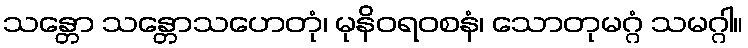
သန္တော သန္တောသဟေတုံ၊ မုနိဝရ၀စနံ၊ သောတုမဂ္ဂံ သမဂ္ဂါ။